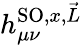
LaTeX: h_{\mu\nu}^{\textrm{SO},x,\vec{L}}